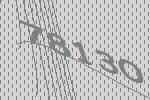
78130